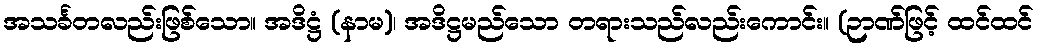
အသင်္ခတလည်းဖြစ်သော။ အဒိဋ္ဌံ (နာမ)၊ အဒိဋ္ဌမည်သော တရားသည်လည်းကောင်း။ (ဉာဏ်ဖြင့် ထင်ထင်